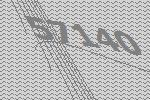
57140